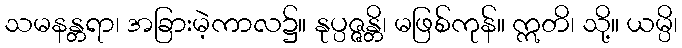
သမနန္တရာ၊ အခြားမဲ့ကာလ၌။ နုပ္ပဇ္ဇန္တိ၊ မဖြစ်ကုန်။ ဣတိ၊ သို့။ ယမ္ပိ၊